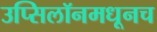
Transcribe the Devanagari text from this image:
उप्सिलॉनमधूनच